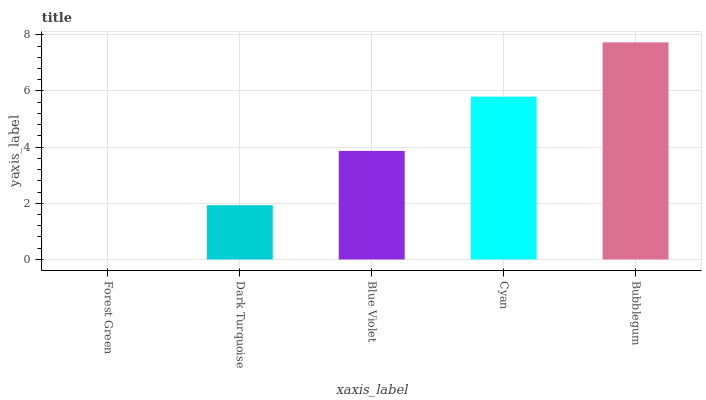
| xaxis_label | bars |
 | --- | --- |
 | Forest Green | 0 |
 | Dark Turquoise | 1.93 |
 | Blue Violet | 3.87 |
 | Cyan | 5.8 |
 | Bubblegum | 7.73 |